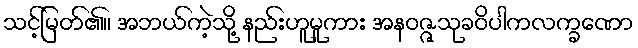
သင့်မြတ်၏။ အဘယ်ကဲ့သို့ နည်းဟူမူကား အနဝဇ္ဇသုခဝိပါကလက္ခဏော